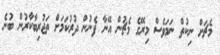
މެޗަށް ނިކުތް ނަމަވެސް މިރޭގެ މެޗުން އޭނާ ފެނުން ދުރުކަމަށް ތަޖުރިބާކާރުން ބުނެ